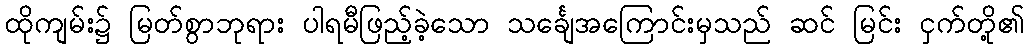
ထိုကျမ်း၌ မြတ်စွာဘုရား ပါရမီဖြည့်ခဲ့သော သင်္ချေအကြောင်းမှသည် ဆင် မြင်း ငှက်တို့၏